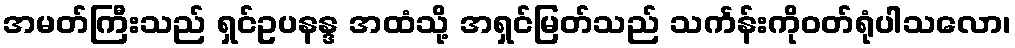
အမတ်ကြီးသည် ရှင်ဥပနန္ဒ အထံသို့ အရှင်မြတ်သည် သင်္ကန်းကိုဝတ်ရုံပါသလော၊